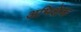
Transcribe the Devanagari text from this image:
अभिशेक